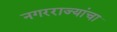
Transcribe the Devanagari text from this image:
नगरराज्यांचा